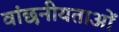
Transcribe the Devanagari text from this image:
वांछनीयताओं